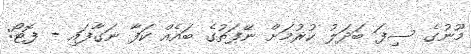
މޫނުގެ ސިފަ ބަދަލު ކުރުމަށް ނޭފަތުގެ ބައެއް ކަފާ ނަގާފައި - ފޮޓޯ: